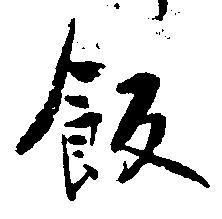
飯